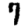
Digit: 7